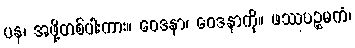
ပန၊ အဖို့တစ်ပါးကား။ ဝေဒနာ၊ ဝေဒနာကို။ ဖဿပဉ္စမကံ၊